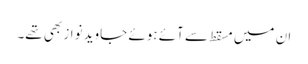
ان میں مسقط سے آئے ہوئے جاوید نواز بھی تھے۔